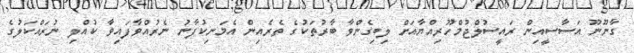
ގާނޫނޫ އަސާސީއިން ރައީސުލްޖުމްހޫރިއްޔާއަށް ލިބިގެންވާ ބާރުތަކުގެ ތެރެއިން އެމަނިކުފާނު ނެރުއްވާފައިވާ ކުއްލި ނުރައްކަލުގެ